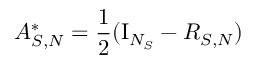
A _ { S , N } ^ { * } = \frac 1 2 ( \mathrm { I } _ { N _ { S } } - R _ { S , N } )